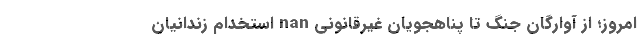
امروز؛ از آوارگان جنگ تا پناهجویان غیرقانونی nan استخدام زندانیان